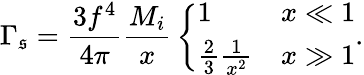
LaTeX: \Gamma_{\mathfrak{s}}={\frac{{3f^{4}}}{{4\pi}}}{\frac{{M_{i}}}{{x}}}\left\{ \begin{array}{ll}{{1}}&{{x\ll 1}}\\ {{{\frac{2}{3}}{\frac{1}{x^{2}}}}}&{{x\gg 1}}\end{array}\right..